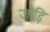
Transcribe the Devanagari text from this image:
जोड़ि